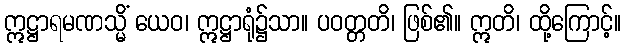
ဣဋ္ဌာရမဏသ္မိံ ယေဝ၊ ဣဋ္ဌာရုံ၌သာ။ ပဝတ္တတိ၊ ဖြစ်၏။ ဣတိ၊ ထို့ကြောင့်။